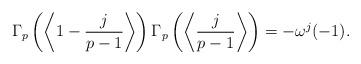
LaTeX: \begin{align*}\Gamma_p\left(\left\langle1-\frac{j}{p-1}\right\rangle\right)\Gamma_p\left(\left\langle\frac{j}{p-1}\right\rangle\right)=-\omega^j(-1).\end{align*}